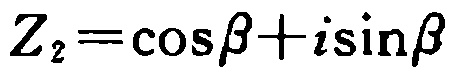
\(Z_{2}=\cos\beta +i\sin\beta\)